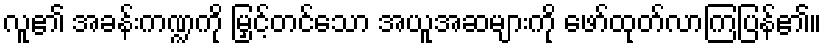
လူ၏ အခန်းကဏ္ဍကို မြှင့်တင်သော အယူအဆများကို ဖော်ထုတ်လာကြပြန်၏။